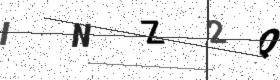
Text: INZ2Q